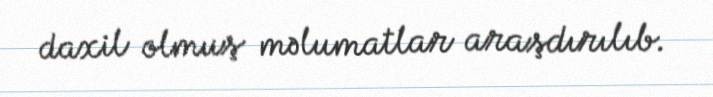
daxil olmuş məlumatlar araşdırılıb.